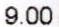
9.00